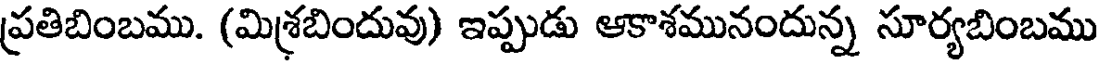
ప్రతిబింబము. (మిశ్రబిందువు) ఇప్పుడు ఆకాశమునందున్న సూర్యబింబము